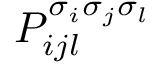
P _ { i j l } ^ { \sigma _ { i } \sigma _ { j } \sigma _ { l } }